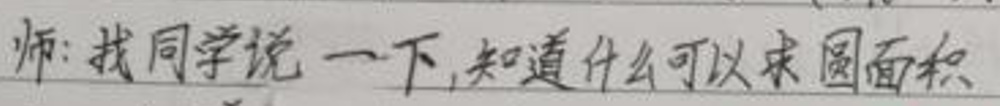
师:找同学说一下,知道什么可以求圆面积